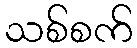
သစ်စက်